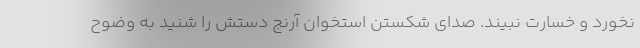
نخورد و خسارت نبيند. صداي شكستن استخوان آرنج دستش را شنيد به وضوح